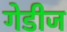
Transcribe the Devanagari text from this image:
गेडीज